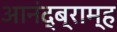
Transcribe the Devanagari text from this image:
आनंद्ब्राम्ह